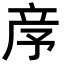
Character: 𥩧